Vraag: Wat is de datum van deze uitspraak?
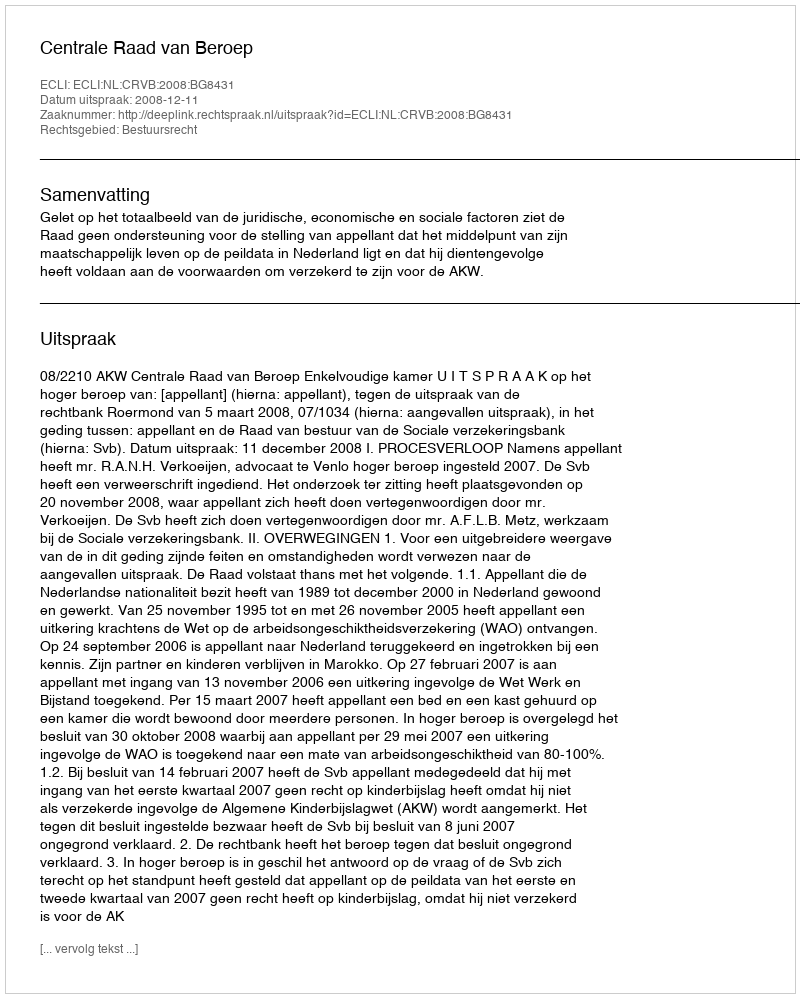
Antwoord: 2008-12-11